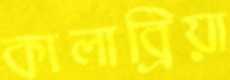
কালাব্রিয়া